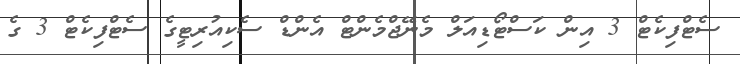
ސެޓްފިކެޓް 3 އިން ކަސްޓޯޑިއަލް މެނޭޖްމެންޓް އެންޑް ސެކިއުރިޓީގެ ސެޓްފިކެޓް 3 ގެ